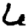
Digit: 6